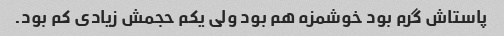
پاستاش گرم بود خوشمزه هم بود ولی یکم حجمش زیادی کم بود.